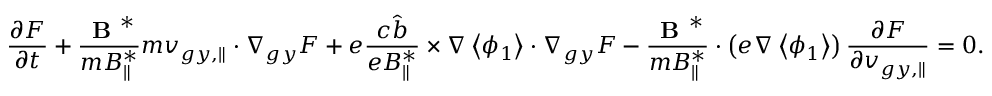
\frac { \partial F } { \partial t } + \frac { \textbf { B } ^ { * } } { m B _ { \parallel } ^ { * } } m { v } _ { g y , \parallel } \boldsymbol { \cdot } \nabla _ { g y } F + e \frac { c \hat { b } } { e B _ { \parallel } ^ { * } } \times \nabla \left< \phi _ { 1 } \right> \boldsymbol { \cdot } \nabla _ { g y } F - \frac { \textbf { B } ^ { * } } { m B _ { \parallel } ^ { * } } \boldsymbol { \cdot } \left( e \nabla \left< \phi _ { 1 } \right> \right) \frac { \partial F } { \partial { v } _ { g y , \parallel } } = 0 .